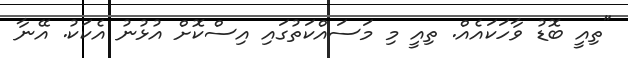
"ތިއީ ބޮޑު ވާހަކައެއް. ތިއީ މި މަސައްކަތުގައި އިސްކޮށް އުޅުނު އެކަކު. އޭނާ